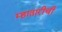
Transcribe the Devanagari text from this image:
म्हातारीची